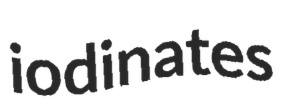
iodinates